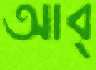
আব্